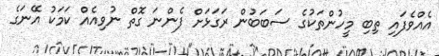
އެއްވެފައި ތިބި މީހުންތަކުގެ ސަބަބުން ރަގަޅަށް ފެންނަ ގޮތް ނުވިއެއް ކަމަކު އޭނަގެ